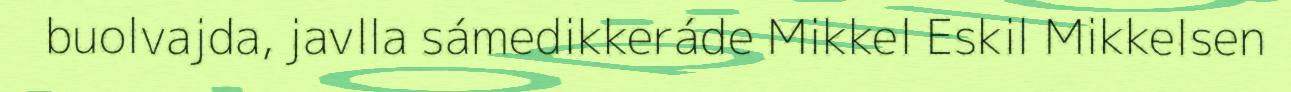
buolvajda, javlla sámedikkeráde Mikkel Eskil Mikkelsen